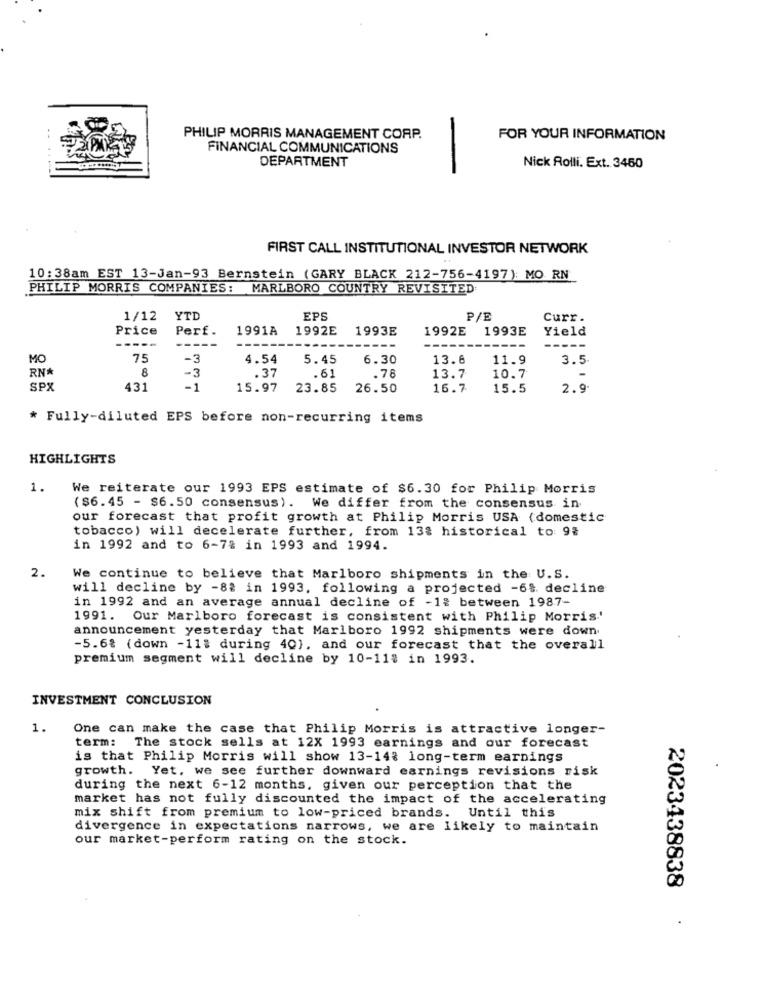
PHILIP MORRIS MANAGEMENT CORP.
FOR YOUR INFORMATION
FINANCIAL COMMUNICATIONS
DEPARTMENT
Nick Rolli. Ext. 3450
FIRST CALL INSTITUTIONAL INVESTOR NETWORK
10:38am EST 13-Jan-93 Bernstein (GARY BLACK 212-756-4197): MO RN
PHILIP MORRIS COMPANIES: MARLBORO COUNTRY REVISITED
1/12
YTD
EPS
P/E
Curr.
Price
Perf.
1991A
1992E
1993E
1992E
1993E
Yield
MO
75
-3
4.54
5.45
6.30
13.6
11.9
3.5
RN*
8
-3
.37
.61
.76
13.7
10.7
SPX
431
-1
15.97
23.85
26.50
16.7
15.5
2.9
* Fully-diluted EPS before non-recurring items
HIGHLIGHTS
1.
We reiterate our 1993 EPS estimate of $6.30 for Philip Morris
($6. 45 - $6.50 consensus). We differ from the consensus in
our forecast that profit growth at Philip Morris USA (domestic
tobacco) will decelerate further, from 13% historical to 9%
in 1992 and to 6-7% in 1993 and 1994.
2.
We continue to believe that Marlboro shipments in the U.S.
will decline by -8% in 1993. following a projected -6%. decline
in 1992 and an average annual decline of -1% between 1987-
1991. Our Marlboro forecast is consistent with Philip Morris.'
announcement yesterday that Marlboro 1992 shipments were down
-5.6% (down -11: during 40), and our forecast that the overall
premium segment will decline by 10-11% in 1993.
INVESTMENT CONCLUSION
1.
One can make the case that Philip Morris is attractive longer-
term: The stock sells at 12X 1993 earnings and our forecast
is that Philip Morris will show 13-14% long-term earnings
growth. Yet. we see further downward earnings revisions risk
during the next 6-12 months, given our perception that the
market has not fully discounted the impact of the accelerating
mix shift from premium to low-priced brands. Until this
divergence in expectations narrows, we are likely to maintain
our market-perform rating on the stock.
2023438838